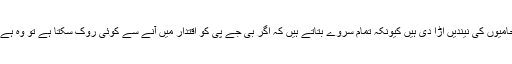
بوا اور ببواکے اس گٹھ جوڑ نے بی جے پی کے حامیوں کی نیندیں اڑا دی ہیں کیونکہ تمام سروے بتاتے ہیں کہ اگر بی جے پی کو اقتدار میں آنے سے کوئی روک سکتا ہے تو وہ ہے سماجوادی پارٹی اور بہوجن سماج پارٹی کا اتحاد۔